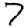
Digit: 7